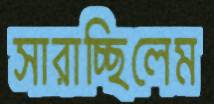
সারাচ্ছিলেম